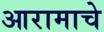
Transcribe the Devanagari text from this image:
आरामाचे